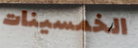
الخمسينات